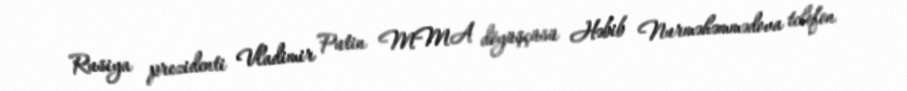
Rusiya prezidenti Vladimir Putin MMA döyüşçüsü Həbib Nurməhəmmədova telefon